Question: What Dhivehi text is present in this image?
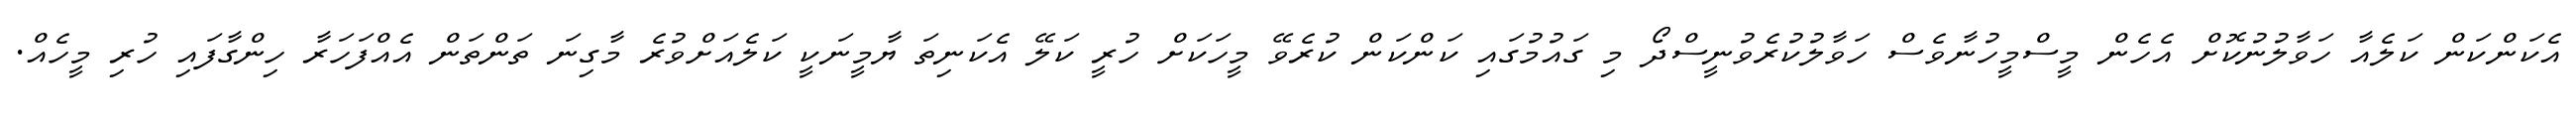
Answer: އެކަންކަން ކަލެއާ ހަވާލުނުކޮށް އެހެން މީސްމީހުނާވެސް ހަވާލުކުރެވުނީސްދޯ މި ގައުމުގައި ކަންކަން ކުރެވޭ މީހަކަށް ހުރީ ކަލޭ އެކަނިތަ ޔާމީނަކީ ކަލެއަށްވުރެ މާގިނަ ތަންތަން އެއްފަހަރާ ހިންގާފައި ހުރި މީހެއް.